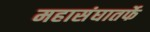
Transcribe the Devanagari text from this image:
महासंघातर्फे